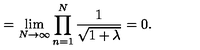
= \lim _ { N \rightarrow \infty } \prod _ { n = 1 } ^ { N } \frac { 1 } { \sqrt { 1 + \lambda } } = 0 .